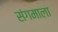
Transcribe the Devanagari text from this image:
संगमाला